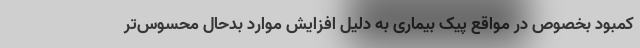
کمبود بخصوص در مواقع پیک بیماری به دلیل افزایش موارد بدحال محسوس‌تر